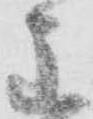
主